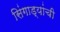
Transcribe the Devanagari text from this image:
सिंगाड्यांची